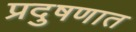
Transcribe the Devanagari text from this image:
प्रदुषणात